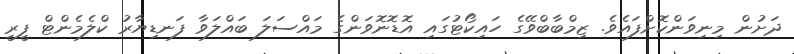
ދަށުން މިނިވަންކޮށްފައެވެ. ޒިމްބާބްވޭގެ ހައިކޯޓުގައި އޮޑޮނޮވަންގެ މައްސަލަ ބައްލަވާ ފަނޑިޔާރު ކްލެމެންޓް ފީރީ